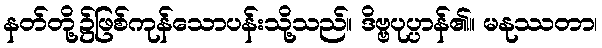
နတ်တို့၌ဖြစ်ကုန်သောပန်းသို့သည်။ ဒိဗ္ဗပုပ္ပာန်၏။ မနုဿတာ၊